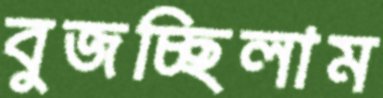
বুজচ্ছিলাম